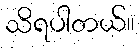
သိရပါတယ်။